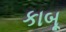
કાબૂ